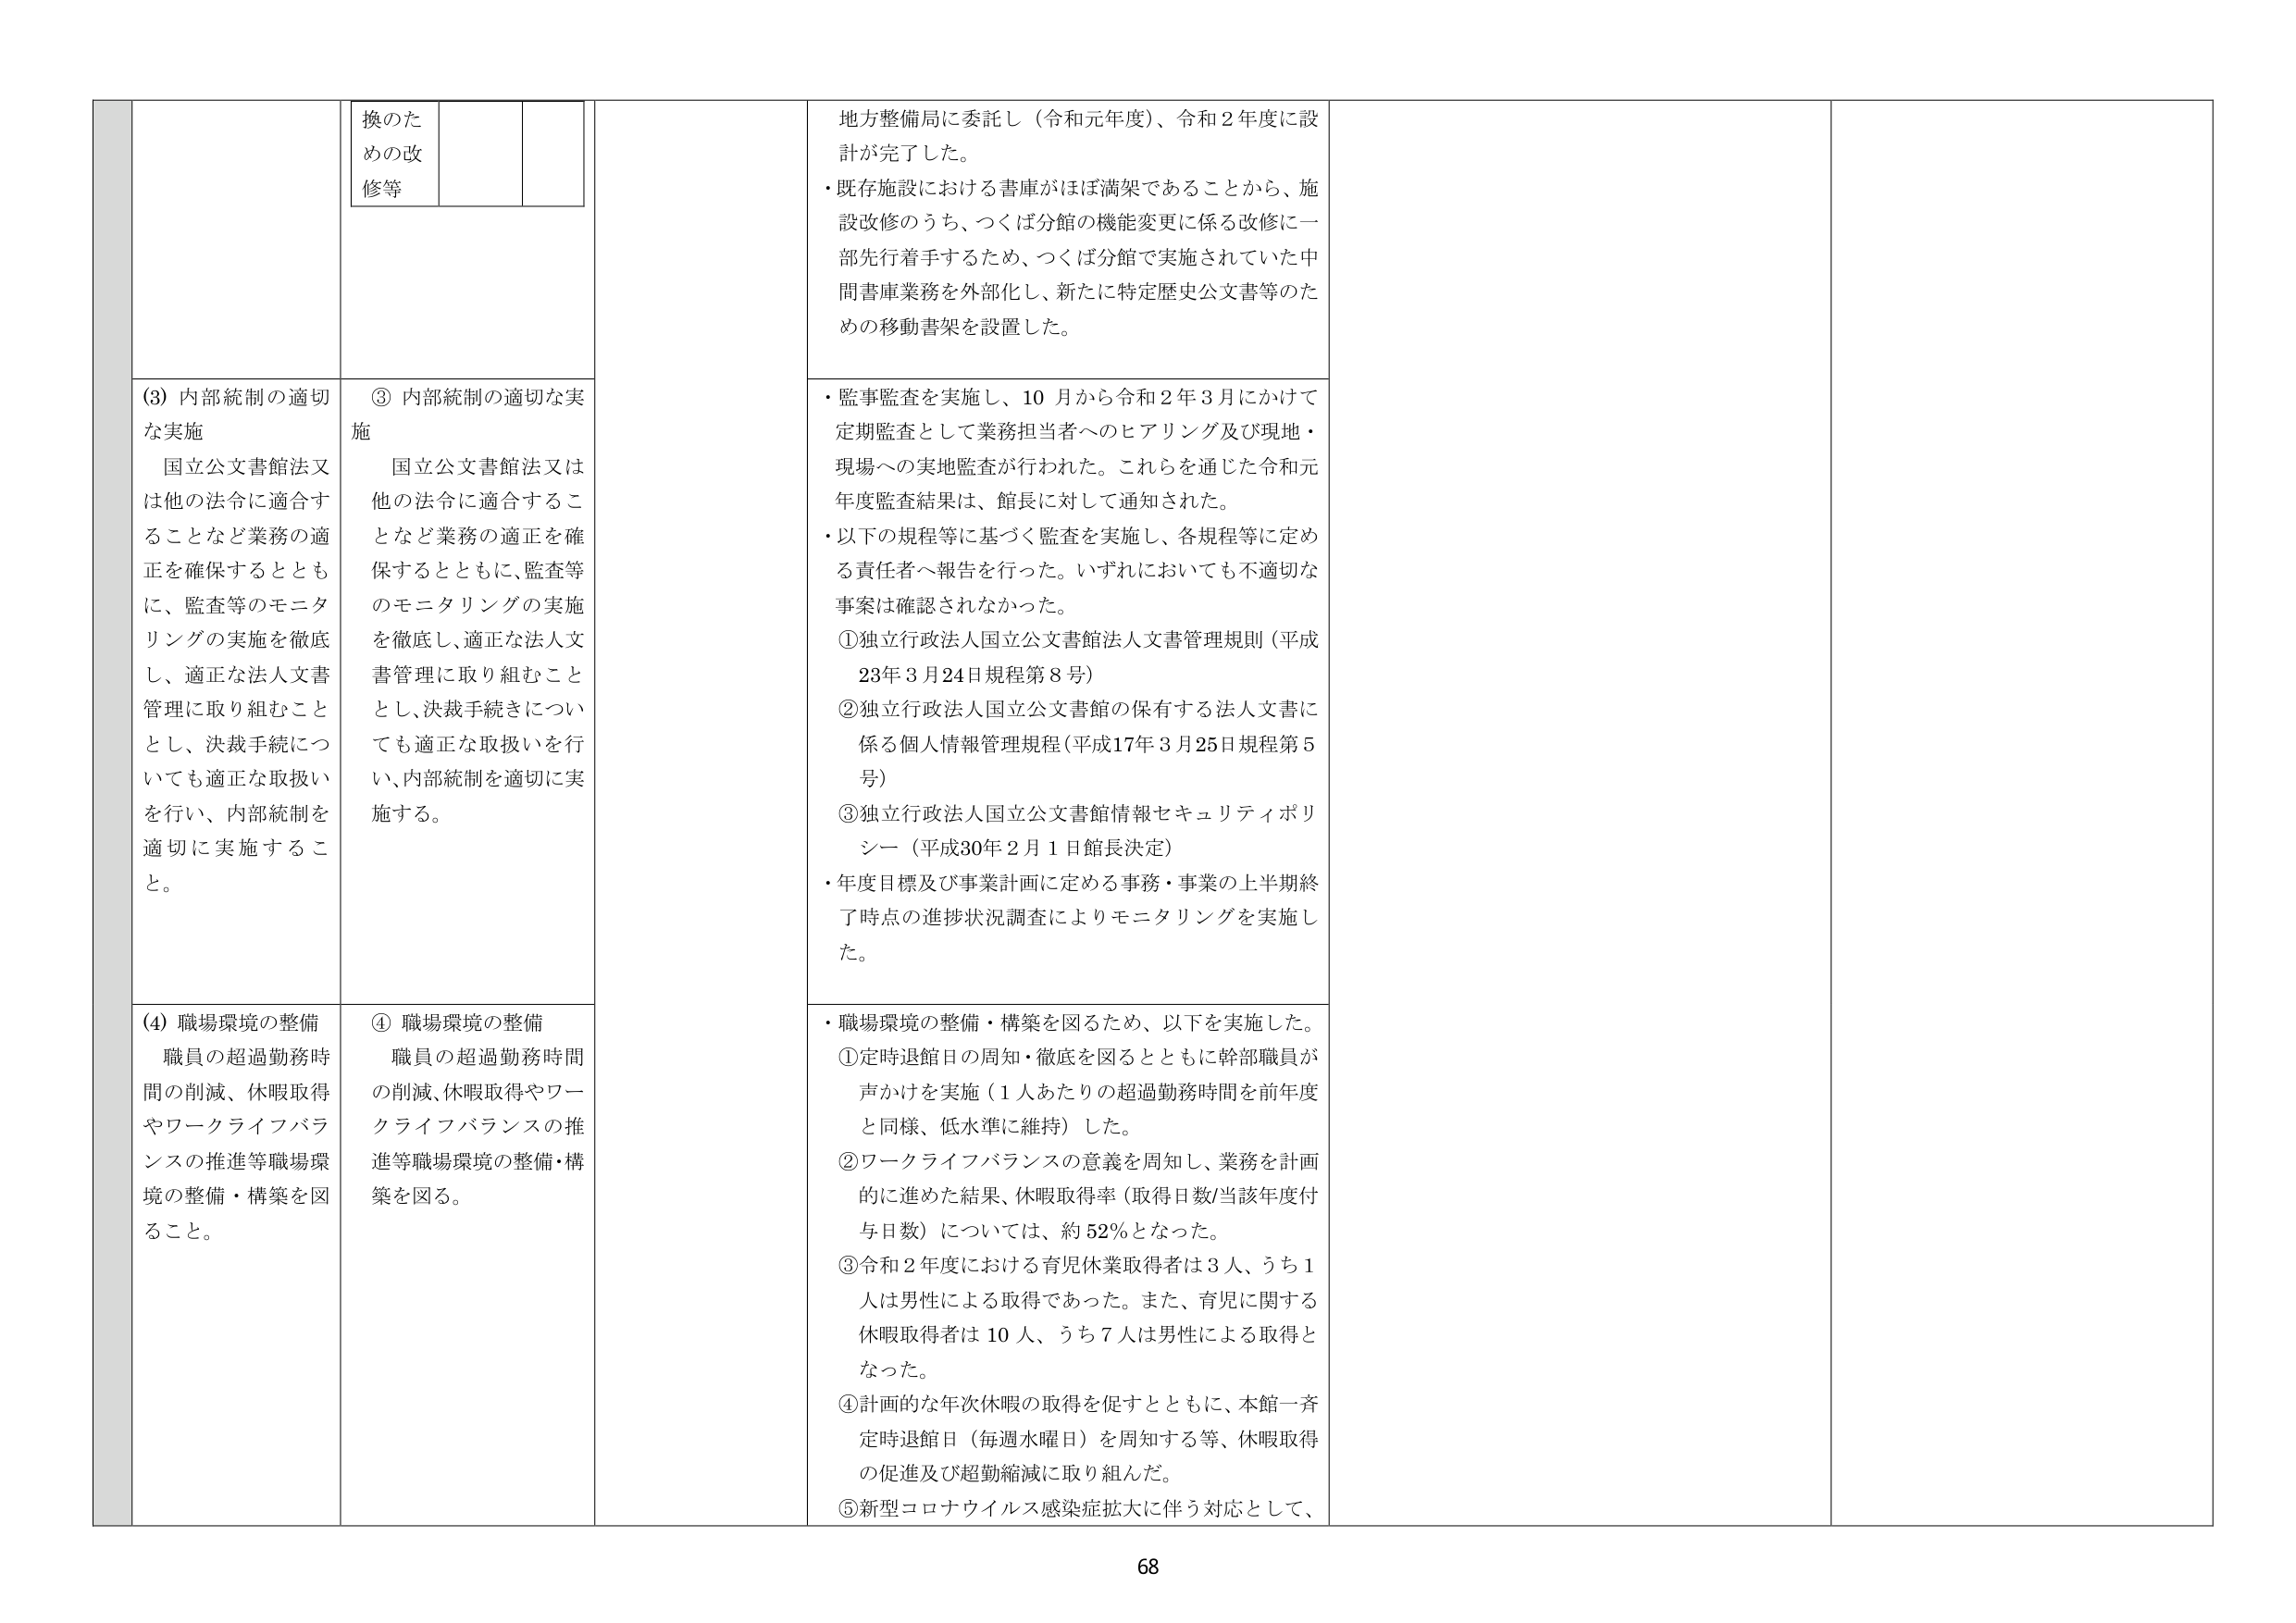
換のための改修等

地方整備局に委託し（令和元年度）、令和２年度に設計が完了した。
・既存施設における書庫がほぼ満架であることから、施設改修のうち、つくば分館の機能変更に係る改修に一部先行着手するため、つくば分館で実施されていた中間書庫業務を外部化し、新たに特定歴史公文書等のための移動書架を設置した。

(3) 内部統制の適切な実施
国立公文書館法又は他の法令に適合することなど業務の適正を確保するとともに、監査等のモニタリングの実施を徹底し、適正な法人文書管理に取り組むこととし、決裁手続についても適正な取扱いを行い、内部統制を適切に実施すること。

③ 内部統制の適切な実施
国立公文書館法又は他の法令に適合することなど業務の適正を確保するとともに、監査等のモニタリングの実施を徹底し、適正な法人文書管理に取り組むこととし、決裁手続についても適正な取扱いを行い、内部統制を適切に実施する。

・監事監査を実施し、10月から令和2年3月にかけて定期監査として業務担当者へのヒアリング及び現地・現場への実地監査が行われた。これらを通じた令和元年度監査結果は、館長に対して通知された。
・以下の規程等に基づく監査を実施し、各規程等に定める責任者へ報告を行った。いずれにおいても不適切な事案は確認されなかった。
①独立行政法人国立公文書館法人文書管理規則（平成23年3月24日規程第8号）
②独立行政法人国立公文書館の保有する法人文書に係る個人情報管理規程（平成17年3月25日規程第5号）
③独立行政法人国立公文書館情報セキュリティポリシー（平成30年2月1日館長決定）
・年度目標及び事業計画に定める事務・事業の上半期終了時点の進捗状況調査によりモニタリングを実施した。

(4) 職場環境の整備
職員の超過勤務時間の削減、休暇取得やワークライフバランスの推進等職場環境の整備・構築を図ること。

④ 職場環境の整備
職員の超過勤務時間の削減、休暇取得やワークライフバランスの推進等職場環境の整備・構築を図る。

・職場環境の整備・構築を図るため、以下を実施した。
①定時退館日の周知・徹底を図るとともに幹部職員が声かけを実施（1人あたりの超過勤務時間を前年度と同様、低水準に維持）した。
②ワークライフバランスの意義を周知し、業務を計画的に進めた結果、休暇取得率（取得日数/当該年度付与日数）については、約52％となった。
③令和2年度における育児休業取得者は3人、うち1人は男性による取得であった。また、育児に関する休暇取得者は10人、うち7人は男性による取得となった。
④計画的な年次休暇の取得を促すとともに、本館一斉定時退館日（毎週水曜日）を周知する等、休暇取得の促進及び超勤縮減に取り組んだ。
⑤新型コロナウイルス感染症拡大に伴う対応として、

68